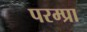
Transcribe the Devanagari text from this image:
परम्प्रा